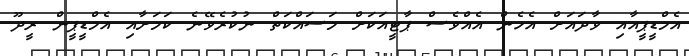
އެމްޑީޕީއާއި ވާދައަށް އެހެން އެއްވެސް ޕާޓީއަކަށް މަސައްކަތް ނުކުރެވޭނެ ކަމަށާއި އެމްޑީޕީން ރީދޫ